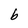
Character: b